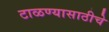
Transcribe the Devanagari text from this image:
टाळण्यासाठीचे